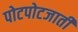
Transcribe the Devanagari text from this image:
पोटपोटजाती